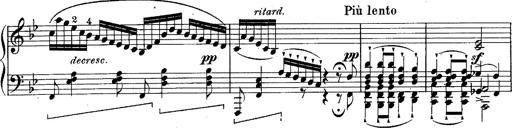
Title: Schubert's Impromptus [revised and edited by Franz Liszt]
Composer: Franz Liszt